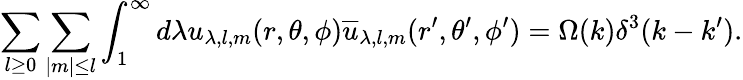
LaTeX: \sum_{l\geq 0}\sum_{\mid m\mid\leq l}\int_{1}^{\infty}d\lambda u_{\lambda,l,m}(r,\theta,\phi)\overline{{{u}}}_{\lambda,l,m}(r^{\prime},\theta^{\prime},\phi^{\prime})=\Omega(k)\delta^{3}(k-k^{\prime}).